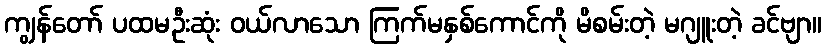
ကျွန်တော် ပထမဦးဆုံး ဝယ်လာသော ကြက်မနှစ်ကောင်ကို မိစမ်းတဲ့ မဂျူးတဲ့ ခင်ဗျာ။